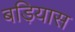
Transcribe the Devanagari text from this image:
बड़ियास